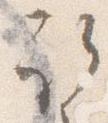
取